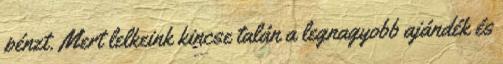
pénzt. Mert lelkeink kincse talán a legnagyobb ajándék és